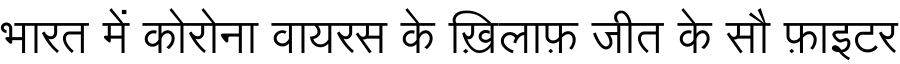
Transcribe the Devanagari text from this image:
भारत में कोरोना वायरस के ख़िलाफ़ जीत के सौ फ़ाइटर